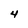
Character: 4